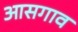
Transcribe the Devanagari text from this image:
आसगाव